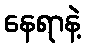
နေရာနဲ့